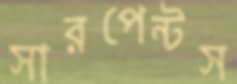
সারপেন্টস